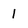
Character: l